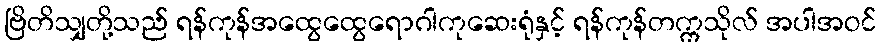
ဗြိတိသျှတို့သည် ရန်ကုန်အထွေထွေရောဂါကုဆေးရုံနှင့် ရန်ကုန်တက္ကသိုလ် အပါအဝင်